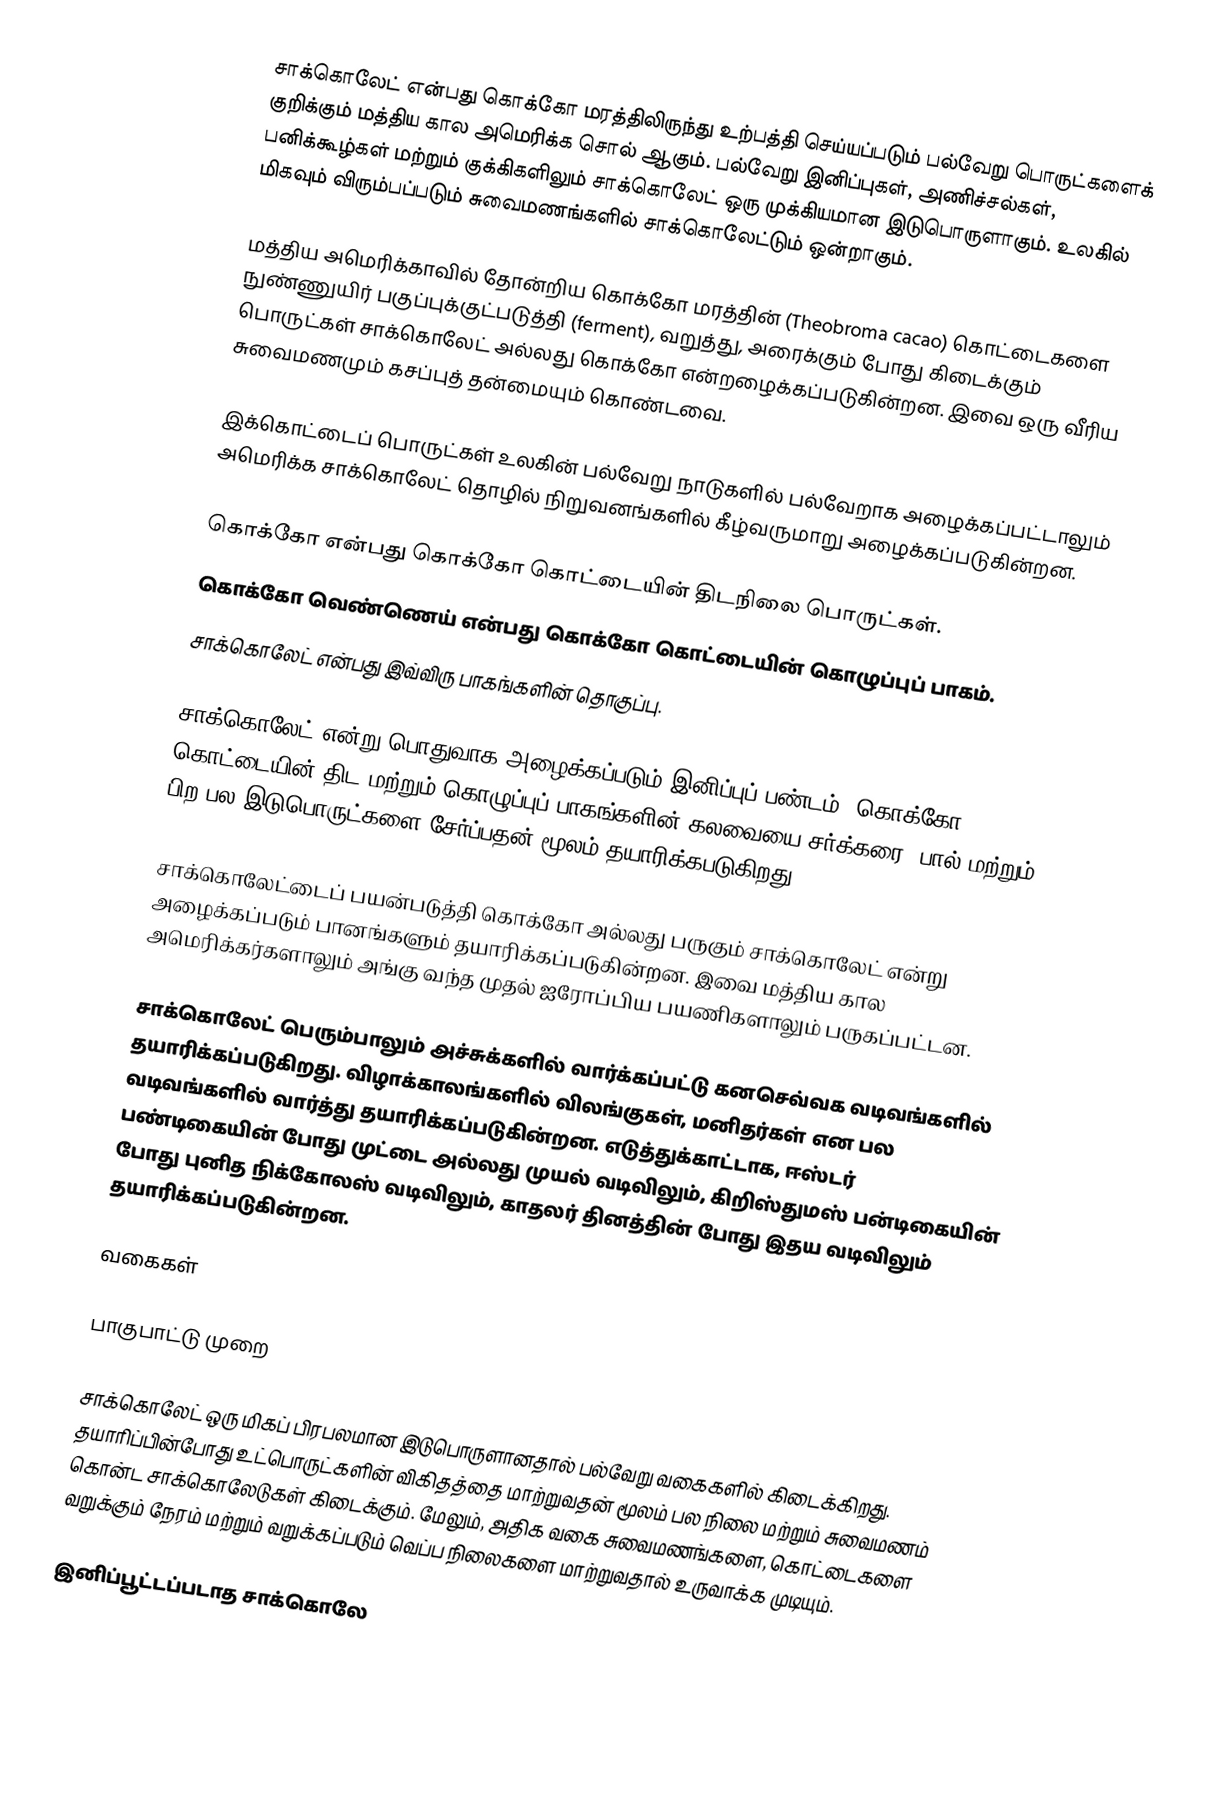
சாக்கொலேட் என்பது கொக்கோ மரத்திலிருந்து உற்பத்தி செய்யப்படும் பல்வேறு பொருட்களைக் குறிக்கும் மத்திய கால அமெரிக்க சொல் ஆகும். பல்வேறு இனிப்புகள், அணிச்சல்கள், பனிக்கூழ்கள் மற்றும் குக்கிகளிலும் சாக்கொலேட் ஒரு முக்கியமான இடுபொருளாகும். உலகில் மிகவும் விரும்பப்படும் சுவைமணங்களில் சாக்கொலேட்டும் ஒன்றாகும்.

மத்திய அமெரிக்காவில் தோன்றிய கொக்கோ மரத்தின் (Theobroma cacao) கொட்டைகளை நுண்ணுயிர் பகுப்புக்குட்படுத்தி (ferment), வறுத்து, அரைக்கும் போது கிடைக்கும் பொருட்கள் சாக்கொலேட் அல்லது கொக்கோ என்றழைக்கப்படுகின்றன. இவை ஒரு வீரிய சுவைமணமும் கசப்புத் தன்மையும் கொண்டவை.

இக்கொட்டைப் பொருட்கள் உலகின் பல்வேறு நாடுகளில் பல்வேறாக அழைக்கப்பட்டாலும் அமெரிக்க சாக்கொலேட் தொழில் நிறுவனங்களில் கீழ்வருமாறு அழைக்கப்படுகின்றன.

 கொக்கோ என்பது கொக்கோ கொட்டையின் திடநிலை பொருட்கள்.
 கொக்கோ வெண்ணெய் என்பது கொக்கோ கொட்டையின் கொழுப்புப் பாகம்.
 சாக்கொலேட் என்பது இவ்விரு பாகங்களின் தொகுப்பு.

சாக்கொலேட் என்று பொதுவாக அழைக்கப்படும் இனிப்புப் பண்டம், கொக்கோ கொட்டையின் திட மற்றும் கொழுப்புப் பாகங்களின் கலவையை சர்க்கரை, பால் மற்றும் பிற பல இடுபொருட்களை சேர்ப்பதன் மூலம் தயாரிக்கபடுகிறது.

சாக்கொலேட்டைப் பயன்படுத்தி கொக்கோ அல்லது பருகும் சாக்கொலேட் என்று அழைக்கப்படும் பானங்களும் தயாரிக்கப்படுகின்றன. இவை மத்திய கால அமெரிக்கர்களாலும் அங்கு வந்த முதல் ஐரோப்பிய பயணிகளாலும் பருகப்பட்டன.

சாக்கொலேட் பெரும்பாலும் அச்சுக்களில் வார்க்கப்பட்டு கனசெவ்வக வடிவங்களில் தயாரிக்கப்படுகிறது. விழாக்காலங்களில் விலங்குகள், மனிதர்கள் என பல வடிவங்களில் வார்த்து தயாரிக்கப்படுகின்றன. எடுத்துக்காட்டாக, ஈஸ்டர் பண்டிகையின் போது முட்டை அல்லது முயல் வடிவிலும், கிறிஸ்துமஸ் பன்டிகையின் போது புனித நிக்கோலஸ் வடிவிலும், காதலர் தினத்தின் போது இதய வடிவிலும் தயாரிக்கப்படுகின்றன.

வகைகள்

பாகுபாட்டு முறை

சாக்கொலேட் ஒரு மிகப் பிரபலமான இடுபொருளானதால் பல்வேறு வகைகளில் கிடைக்கிறது. தயாரிப்பின்போது உட்பொருட்களின் விகிதத்தை மாற்றுவதன் மூலம் பல நிலை மற்றும் சுவைமணம் கொன்ட சாக்கொலேடுகள் கிடைக்கும். மேலும், அதிக வகை சுவைமணங்களை, கொட்டைகளை வறுக்கும் நேரம் மற்றும் வறுக்கப்படும் வெப்ப நிலைகளை மாற்றுவதால் உருவாக்க முடியும்.

 இனிப்பூட்டப்படாத சாக்கொலே